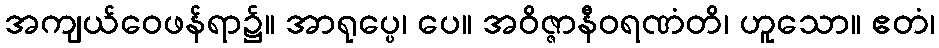
အကျယ်ဝေဖန်ရာ၌။ အာရုပ္ပေ၊ ပေ။ အဝိဇ္ဇာနီဝရဏံတိ၊ ဟူသော။ ဧတံ၊